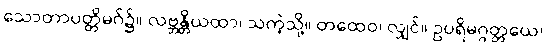
သောတာပတ္တိမဂ်၌။ လဗ္ဘန္တိယထာ၊ သကဲ့သို့။ တထေဝ၊ လျှင်။ ဥပရိမဂ္ဂတ္တယေ၊